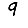
Digit: 9